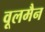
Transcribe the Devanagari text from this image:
वूलमैन